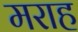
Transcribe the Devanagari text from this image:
मराह